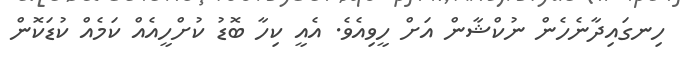
ހިނގައިދާނެހެން ނުކްޝާން އަށް ހީވިއެވެ. އެއީ ކިހާ ބޮޑު ކުށްހީއެއް ކަމެއް ކުޑަކޮން